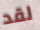
لقد